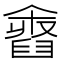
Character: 𦦓